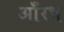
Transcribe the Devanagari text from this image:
आँरभ